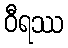
ဝီရဿ